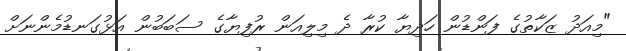
"މިއަދު ޒަކާތުގެ ފަންޑުން ހަދިޔާ ކުރާ ދެ މިލިއަން ރުފިޔާގެ ސަބަބުން އަޅުގަނޑުމެންނަށް